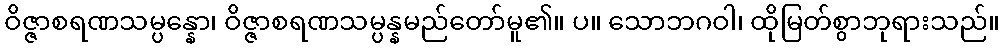
ဝိဇ္ဇာစရဏသမ္ပန္နော၊ ဝိဇ္ဇာစရဏသမ္ပန္နမည်တော်မူ၏။ ပ။ သောဘဂဝါ၊ ထိုမြတ်စွာဘုရားသည်။